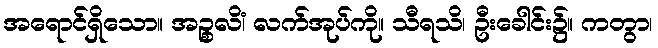
အရောင်ရှိသော။ အဉ္စလိံ၊ လက်အုပ်ကို။ သီရသိ၊ ဦးခေါင်း၌။ ကတွာ၊